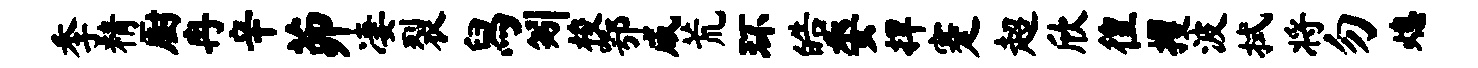
季精厨冉辛茆凄裂舄矧梭鄂咸荒环皓委捍蹇超欣徨攫波拭将勿熄